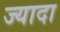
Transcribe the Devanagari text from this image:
ज्यादा